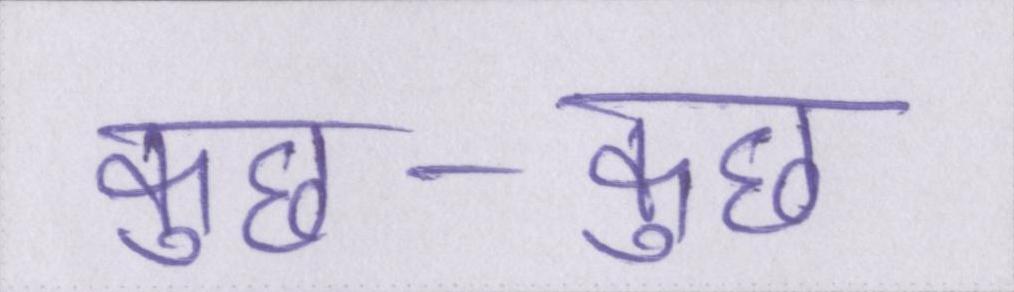
कुछ-कुछ